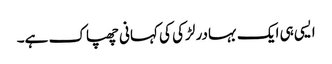
ایسی ہی ایک بہادر لڑکی کی کہانی چھپاک ہے۔